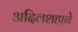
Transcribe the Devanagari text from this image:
अदिलशहाने